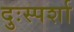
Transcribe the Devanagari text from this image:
दुःस्पर्शा